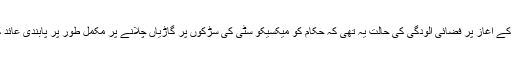
رواں سال کے آغاز پر فضائی آلودگی کی حالت یہ تھی کہ حکام کو میکسیکو سٹی کی سڑکوں پر گاڑیاں چلانے پر مکمل طور پر پابندی عائد کردی ہے۔